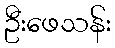
ဦးဖေသန်း